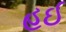
હઈ